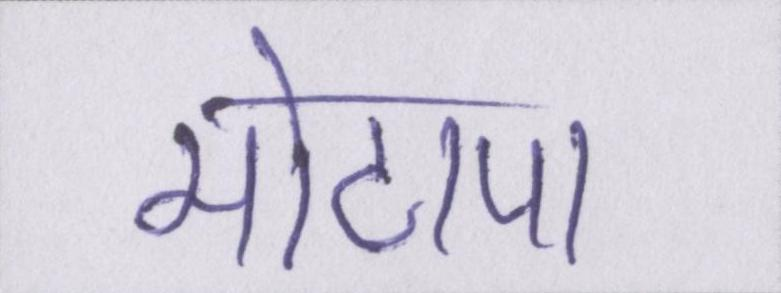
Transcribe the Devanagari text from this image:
मोटापा